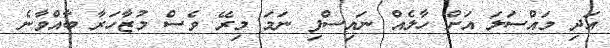
އަދި މައްސަލަ އަށް ހާލެއް ނައިސްފި ނަމަ މިރޭ ވެސް މުޒާހަރާ ބާއްވާނެ